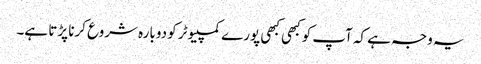
یہ وجہ ہے کہ آپ کو کبھی کبھی پورے کمپیوٹر کو دوبارہ شروع کرنا پڑتا ہے۔